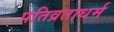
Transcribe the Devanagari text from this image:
पतिव्रताधर्म